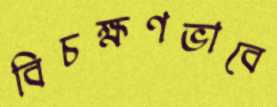
বিচক্ষণভাবে